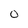
Character: O